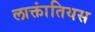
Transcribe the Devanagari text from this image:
लाक्तांतियस